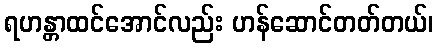
ရဟန္တာထင်အောင်လည်း ဟန်ဆောင်တတ်တယ်၊